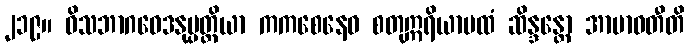
၂၁၉။ ဝိသဘာဂဝေဒနုပ္ပတ္တိယာ ကကစေနေဝ စတုဣရိယာပထံ ဆိန္ဒန္တော အာဗာဓတီတိ